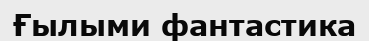
Ғылыми фантастика